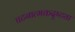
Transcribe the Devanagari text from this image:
घटनात्मकदृष्ट्या